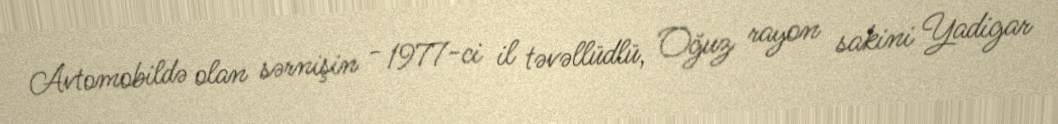
Avtomobildə olan sərnişin - 1977-ci il təvəllüdlü, Oğuz rayon sakini Yadigar